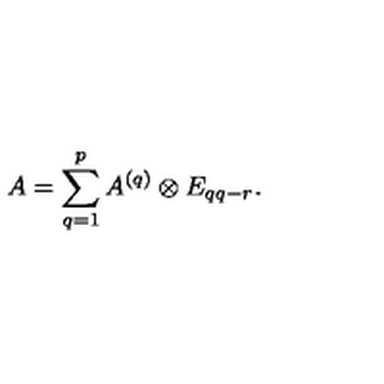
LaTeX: A = \sum _ { q = 1 } ^ { p } A ^ { ( q ) } \otimes E _ { q q - r } .